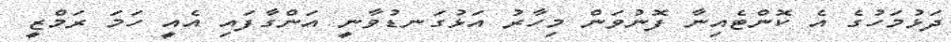
ދަޅުމަހުގެ އެ ކޮންޓެއިނާ ފޮނުވަން މިހާރު އަޅުގަނޑުވާނީ އަންގާފައި އެއީ ހަމަ ރަމްޒީ